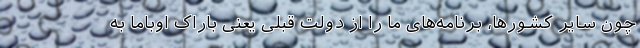
چون سایر کشورها، برنامه‌های ما را از دولت قبلی یعنی باراک اوباما به